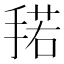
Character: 𰔌